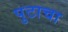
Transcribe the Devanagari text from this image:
पुटाचा